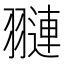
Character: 翴